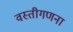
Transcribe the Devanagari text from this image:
वस्तीगणना